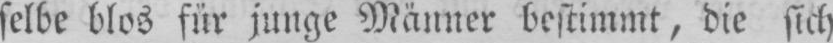
selbe blos für junge Männer bestimmt, die sich